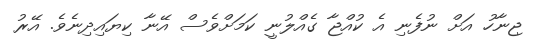
ޖިނާހު އަށް ނުފެނި އެ ކުއްޖާ ގެއްލުނީ ކަމަށްވެސް އޭނާ ކިޔައިދިނެވެ. އޭރު